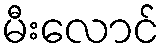
မီးလောင်